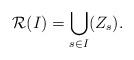
LaTeX: \begin{align*} \mathcal{R}(I)=\bigcup_{s\in I} (Z_s). \end{align*}